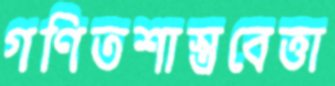
গণিতশাস্ত্রবেত্তা